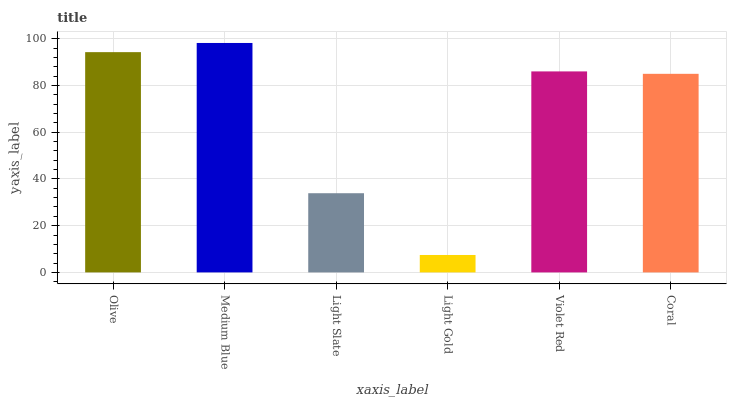
| xaxis_label | bars |
 | --- | --- |
 | Olive | 94.2 |
 | Medium Blue | 98.2 |
 | Light Slate | 33.9 |
 | Light Gold | 7.45 |
 | Violet Red | 86 |
 | Coral | 85 |